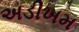
અડીખમ